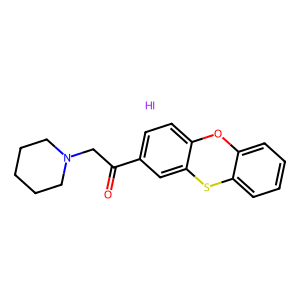
SMILES: I.O=C(CN1CCCCC1)c1ccc2c(c1)Sc1ccccc1O2
Inhibits HIV replication: No